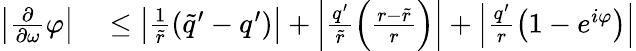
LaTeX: \begin{array}{rl}{\left|\frac{\partial}{\partial\omega}\varphi\right|}&{{}\leq\left|\frac{1}{\widetilde{r}}\left(\widetilde{q}^{\prime}-q^{\prime}\right)\right|+\left|\frac{q^{\prime}}{\widetilde{r}}\left(\frac{r-\widetilde{r}}{r}\right)\right|+\left|\frac{q^{\prime}}{r}\left(1-e^{i\varphi}\right)\right|}\end{array}